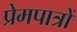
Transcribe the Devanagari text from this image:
प्रेमपात्रों